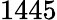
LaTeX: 1445